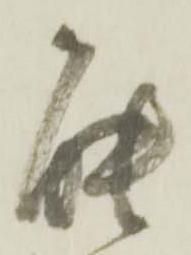
能